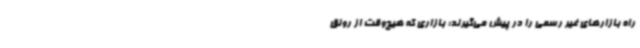
راه بازارهای غیر رسمی را در پیش می‌گیرند؛‌ بازاری که هیچ‌وقت از رونق